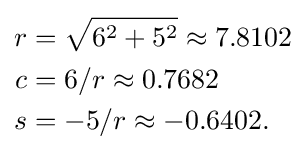
{\begin{aligned}r&{}={\sqrt {6^{2}+5^{2}}}\approx 7.8102\\c&{}=6/r\approx 0.7682\\s&{}=-5/r\approx -0.6402.\end{aligned}}